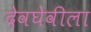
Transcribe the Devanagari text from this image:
देवघेवीला